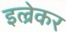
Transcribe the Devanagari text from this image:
इल्रेकर